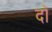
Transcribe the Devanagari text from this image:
दॉ